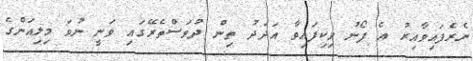
ނެރެފައިވާއިރު އެ ފޯނު ވިކިފައިވާ އަދަދު ތިން ދުވަސްތެރޭގައި ވަނީ ނުވަ މިލިއަންގެ